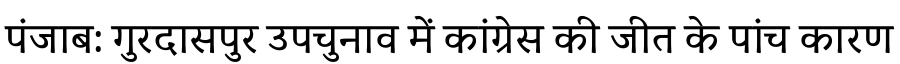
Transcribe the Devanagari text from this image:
पंजाब: गुरदासपुर उपचुनाव में कांग्रेस की जीत के पांच कारण